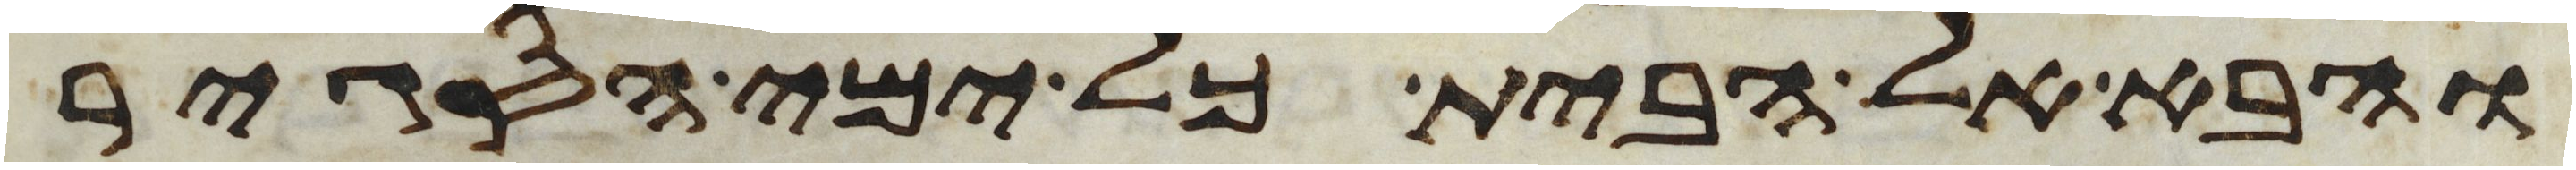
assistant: והבא אל הבית כל ימי הסגיר